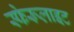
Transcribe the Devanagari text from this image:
स्फेरूलाइट